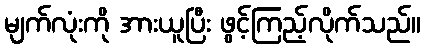
မျက်လုံးကို အားယူပြီး ဖွင့်ကြည့်လိုက်သည်။